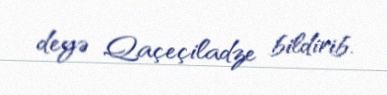
deyə Qaçeçiladze bildirib.